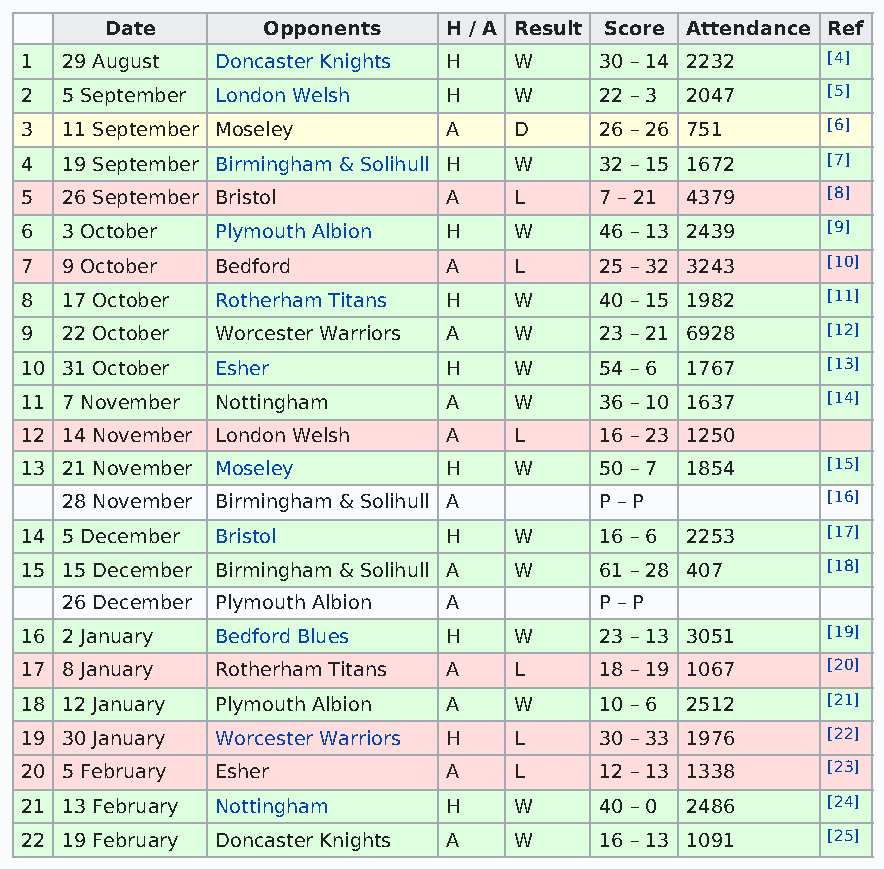
Date      Opponents    H / A Result Score Attendance Ref
 1  29 August Doncaster Knights H W     30 – 14 2232   [4]
 2  5 September London Welsh  H   W     22 – 3 2047    [5]
 3  11 September Moseley      A   D     26 – 26 751    [6]
 4  19 September Birmingham & Solihull H W 32 – 15 1672 [7]
 5  26 September Bristol      A   L     7 – 21 4379    [8]
 6  3 October Plymouth Albion H   W     46 – 13 2439   [9]
 7  9 October Bedford         A   L     25 – 32 3243   [10]
 8  17 October Rotherham Titans H W     40 – 15 1982   [11]
 9  22 October Worcester Warriors A W   23 – 21 6928   [12]
 10 31 October Esher          H   W     54 – 6 1767    [13]
 11 7 November Nottingham     A   W     36 – 10 1637   [14]
 12 14 November London Welsh  A   L     16 – 23 1250
 13 21 November Moseley       H   W     50 – 7 1854    [15]
 28 November Birmingham & Solihull A P – P          [16]
 14 5 December Bristol        H   W     16 – 6 2253    [17]
 15 15 December Birmingham & Solihull A W 61 – 28 407  [18]
 26 December Plymouth Albion A       P – P
 16 2 January Bedford Blues   H   W     23 – 13 3051   [19]
 17 8 January Rotherham Titans A  L     18 – 19 1067   [20]
 18 12 January Plymouth Albion A  W     10 – 6 2512    [21]
 19 30 January Worcester Warriors H L   30 – 33 1976   [22]
 20 5 February Esher          A   L     12 – 13 1338   [23]
 21 13 February Nottingham    H   W     40 – 0 2486    [24]
 22 19 February Doncaster Knights A W   16 – 13 1091   [25]